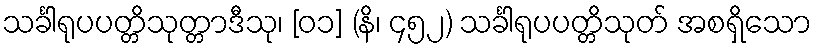
သင်္ခါရုပပတ္တိသုတ္တာဒီသု၊ [၀၁] (နိ၊ ၄၅၂) သင်္ခါရုပပတ္တိသုတ် အစရှိသော